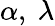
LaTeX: \alpha,~\lambda